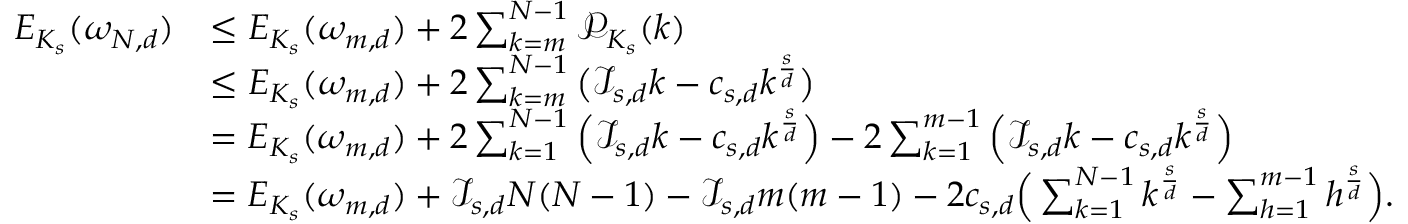
\begin{array} { r l } { E _ { K _ { s } } ( \omega _ { N , d } ) } & { \le E _ { K _ { s } } ( \omega _ { m , d } ) + 2 \sum _ { k = m } ^ { N - 1 } \mathcal { P } _ { K _ { s } } ( k ) } \\ & { \leq E _ { K _ { s } } ( \omega _ { m , d } ) + 2 \sum _ { k = m } ^ { N - 1 } \big ( \mathcal I _ { s , d } k - c _ { s , d } k ^ { \frac { s } { d } } \big ) } \\ & { = E _ { K _ { s } } ( \omega _ { m , d } ) + 2 \sum _ { k = 1 } ^ { N - 1 } \Big ( \mathcal I _ { s , d } k - c _ { s , d } k ^ { \frac { s } { d } } \Big ) - 2 \sum _ { k = 1 } ^ { m - 1 } \Big ( \mathcal I _ { s , d } k - c _ { s , d } k ^ { \frac { s } { d } } \Big ) } \\ & { = E _ { K _ { s } } ( \omega _ { m , d } ) + \mathcal { I } _ { s , d } N ( N - 1 ) - \mathcal { I } _ { s , d } m ( m - 1 ) - 2 c _ { s , d } \Big ( \sum _ { k = 1 } ^ { N - 1 } k ^ { \frac { s } { d } } - \sum _ { h = 1 } ^ { m - 1 } h ^ { \frac { s } { d } } \Big ) . } \end{array}